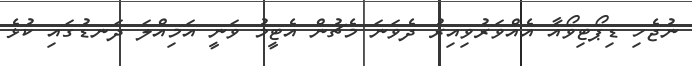
ނުޖެހި ޑިޕޯޓިވޯއާ އެއްވަރުވިއިރު ދެވަނަ މެޗުން އެޓީމު ވަނީ އަމިއްލަ ދަނޑުގައި ކުޅެ